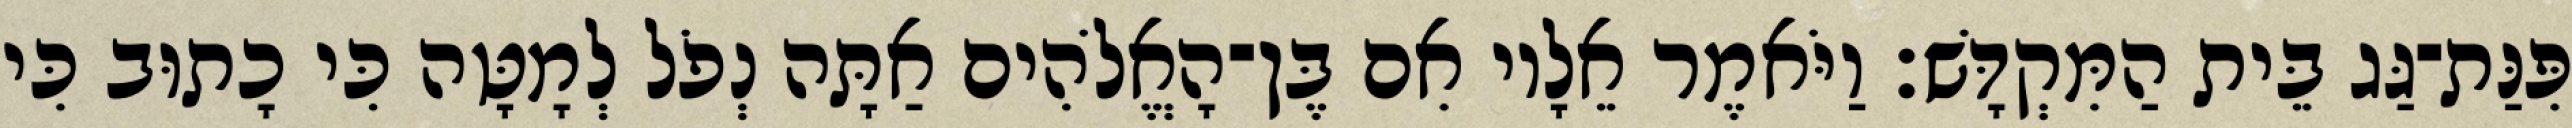
פִּנַּת־גַּג בֵּית הַמִּקְדָּשׁ׃ וַיֹּאמֶר אֵלָיו אִם בֶּן־הָאֱלֹהִים אַתָּה נְפֹל לְמָטָּה כִּי כָתוּב כִּי